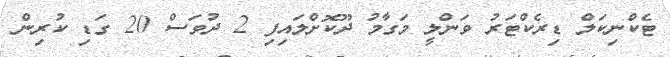
ޓެކްނިކަލް ޑިރެކްޓަރު ވަންލީ މަގާމު ދޫކޮށްލައިފި 2 ދުވަސް 20 ގަޑި ކުރިން